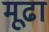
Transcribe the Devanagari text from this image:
मूढा